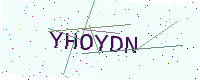
Text: YHOYDN